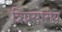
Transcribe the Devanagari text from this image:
त्रिप्रसारीय